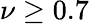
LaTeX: \nu\geq 0.7